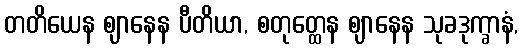
တတိယေန ဈာနေန ပီတိယာ, စတုတ္ထေန ဈာနေန သုခဒုက္ခာနံ,